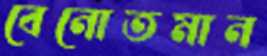
বেনোতমান